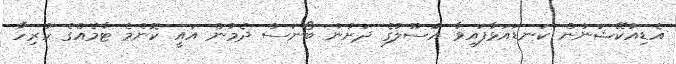
އެޑިއުކޭޝަނުން ކަނޑައަޅާފައިވާ އުސޫލުގެ ދަށުން ބޯނަސް ދެމުން އައީ ކޮންމެ ޓާމެއްގެ ހުރިހާ